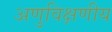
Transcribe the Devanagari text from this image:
अणुविक्षणीय